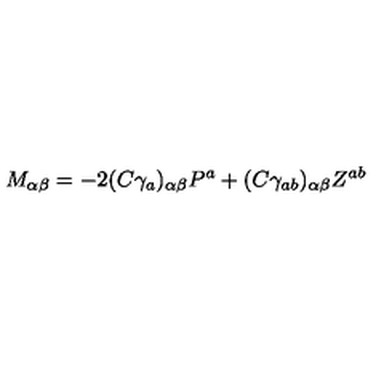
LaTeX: M _ { \alpha \beta } = - 2 ( C \gamma _ { a } ) _ { \alpha \beta } P ^ { a } + ( C \gamma _ { a b } ) _ { \alpha \beta } Z ^ { a b }